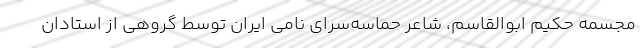
مجسمه حکیم ابوالقاسم، شاعر حماسه‌سرای نامی ایران توسط گروهی از استادان